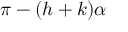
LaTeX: \pi - ( h + k ) \alpha